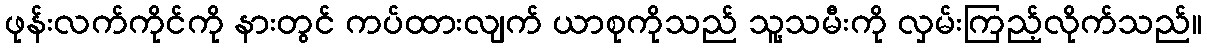
ဖုန်းလက်ကိုင်ကို နားတွင် ကပ်ထားလျက် ယာစုကိုသည် သူ့သမီးကို လှမ်းကြည့်လိုက်သည်။